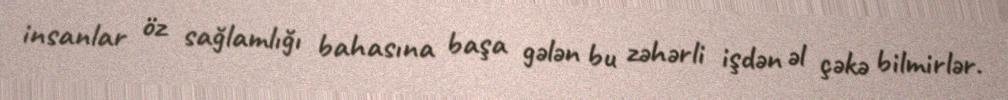
insanlar öz sağlamlığı bahasına başa gələn bu zəhərli işdən əl çəkə bilmirlər.